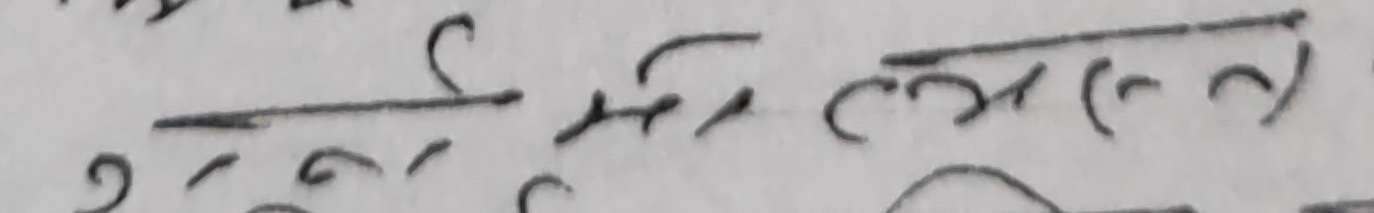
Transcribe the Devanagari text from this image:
बस्नको लागि